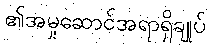
၏အမှုဆောင်အရာရှိချုပ်